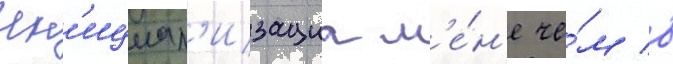
Ин'ициал'изациа м'е́н'е че́м в